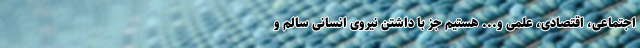
اجتماعی، اقتصادی، علمی و... هستیم جز با داشتن نیروی انسانی سالم و